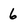
Character: 6